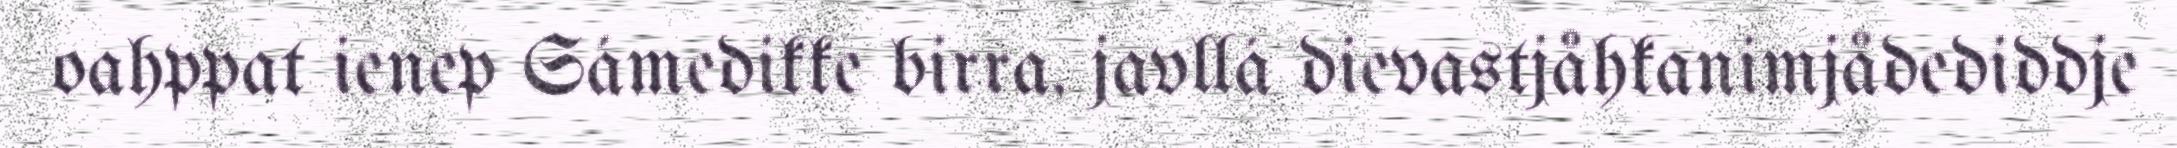
oahppat ienep Sámedikke birra, javllá dievastjåhkanimjådediddje